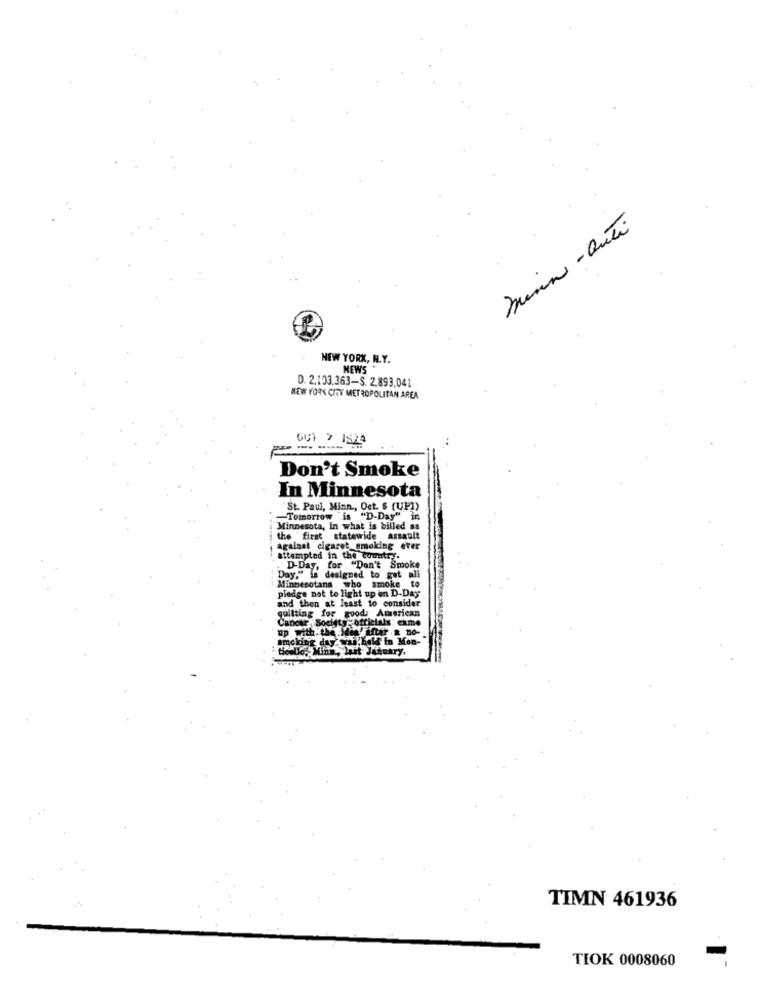
menin - Outi
NEW YORK, N.Y.
NEWS.
D. 2.103.363-S. 2.893,041
NEW YORK CITY METROPOLITAN AREA
001 2 1824
Don't Smoke
In Minnesota
St. Paul, Minn ., Oct. 6 (UP))
Tomorrow is "D-Day" in
Minnesota, In what is billed as
the "first statewide assault
against cigaret smoking ever
attempted in the country.
D-Day, for "Don't Smoke
Day," is designed to get ali
Minnesotans who smoke to
pledge not to light up on D-Day
and then at least to consider
quitting for good: American
Cancer Society- officials: exme
Hello,Minn, lait Jenukry.
TIMN 461936
TIOK 0008060